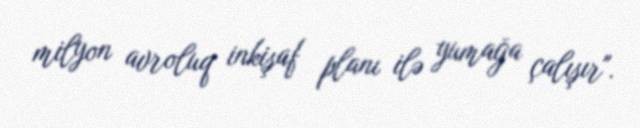
milyon avroluq inkişaf planı ilə yumağa çalışır".